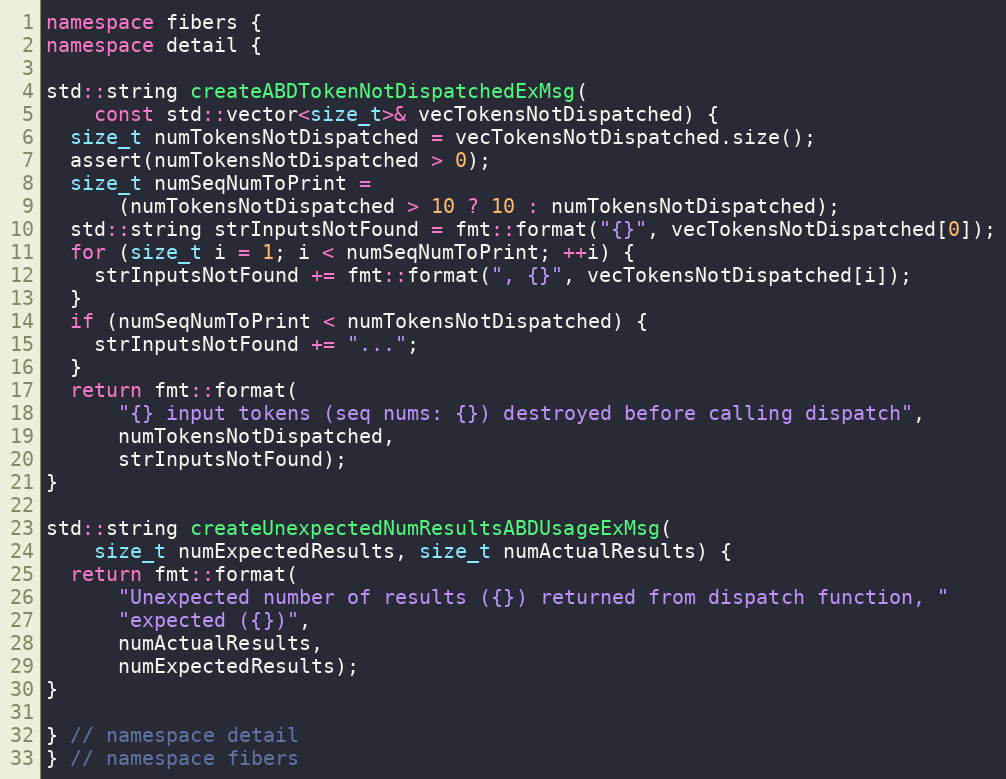
Language: C++
namespace fibers {
namespace detail {

std::string createABDTokenNotDispatchedExMsg(
    const std::vector<size_t>& vecTokensNotDispatched) {
  size_t numTokensNotDispatched = vecTokensNotDispatched.size();
  assert(numTokensNotDispatched > 0);
  size_t numSeqNumToPrint =
      (numTokensNotDispatched > 10 ? 10 : numTokensNotDispatched);
  std::string strInputsNotFound = fmt::format("{}", vecTokensNotDispatched[0]);
  for (size_t i = 1; i < numSeqNumToPrint; ++i) {
    strInputsNotFound += fmt::format(", {}", vecTokensNotDispatched[i]);
  }
  if (numSeqNumToPrint < numTokensNotDispatched) {
    strInputsNotFound += "...";
  }
  return fmt::format(
      "{} input tokens (seq nums: {}) destroyed before calling dispatch",
      numTokensNotDispatched,
      strInputsNotFound);
}

std::string createUnexpectedNumResultsABDUsageExMsg(
    size_t numExpectedResults, size_t numActualResults) {
  return fmt::format(
      "Unexpected number of results ({}) returned from dispatch function, "
      "expected ({})",
      numActualResults,
      numExpectedResults);
}

} // namespace detail
} // namespace fibers